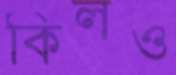
কিলও